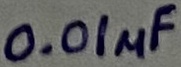
Text: 0.01µF